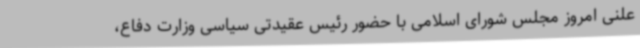
علنی امروز مجلس شورای اسلامی با حضور رئیس عقیدتی سیاسی وزارت دفاع،